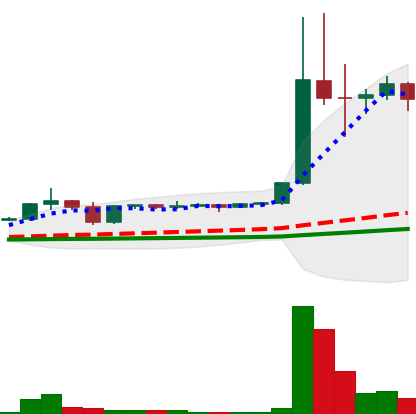
Ticker: DOGE-USD
Chart end date: 2021-01-07
Forward return: -17.235%
Label: down_7plus